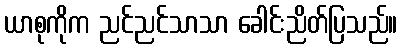
ယာစုကိုက ညင်ညင်သာသာ ခေါင်းညိတ်ပြသည်။